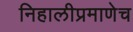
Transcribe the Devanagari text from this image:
निहालीप्रमाणेच